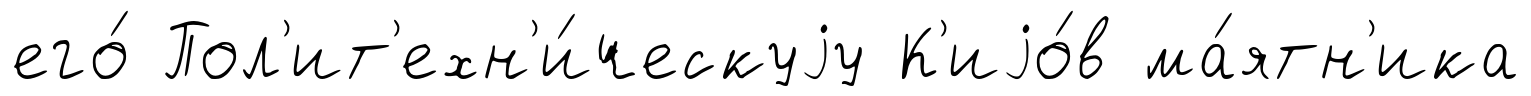
его́ Пол'ит'ехн'и́ческуjу К'иjо́в ма́ятн'ика